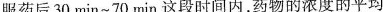
服药后30min~70min这段时间内，药物的浓度的平均